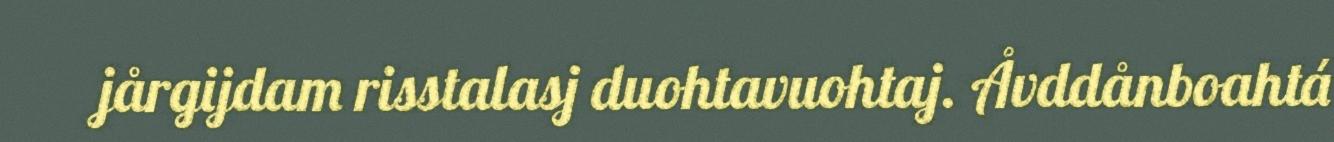
jårgijdam risstalasj duohtavuohtaj. Åvddånboahtá